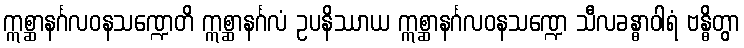
ဣစ္ဆာနင်္ဂလဝနသဏ္ဍေတိ ဣစ္ဆာနင်္ဂလံ ဥပနိဿာယ ဣစ္ဆာနင်္ဂလဝနသဏ္ဍေ သီလခန္ဓာဝါရံ ဗန္ဓိတွာ